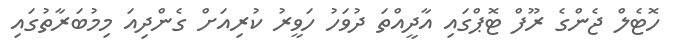
ހޮޓެލް ޖެންގެ ރޫފް ޓޮޕްގައި އާދީއްތަ ދުވަހު ހަވީރު ކުރިއަށް ގެންދިއަ މިމުބަރާތުގައި